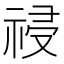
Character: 祲